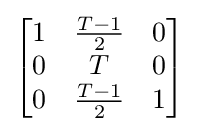
{\begin{bmatrix}1&{\frac {T-1}{2}}&0\\0&T&0\\0&{\frac {T-1}{2}}&1\end{bmatrix}}